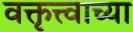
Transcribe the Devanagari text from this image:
वक्तृत्त्वाच्या